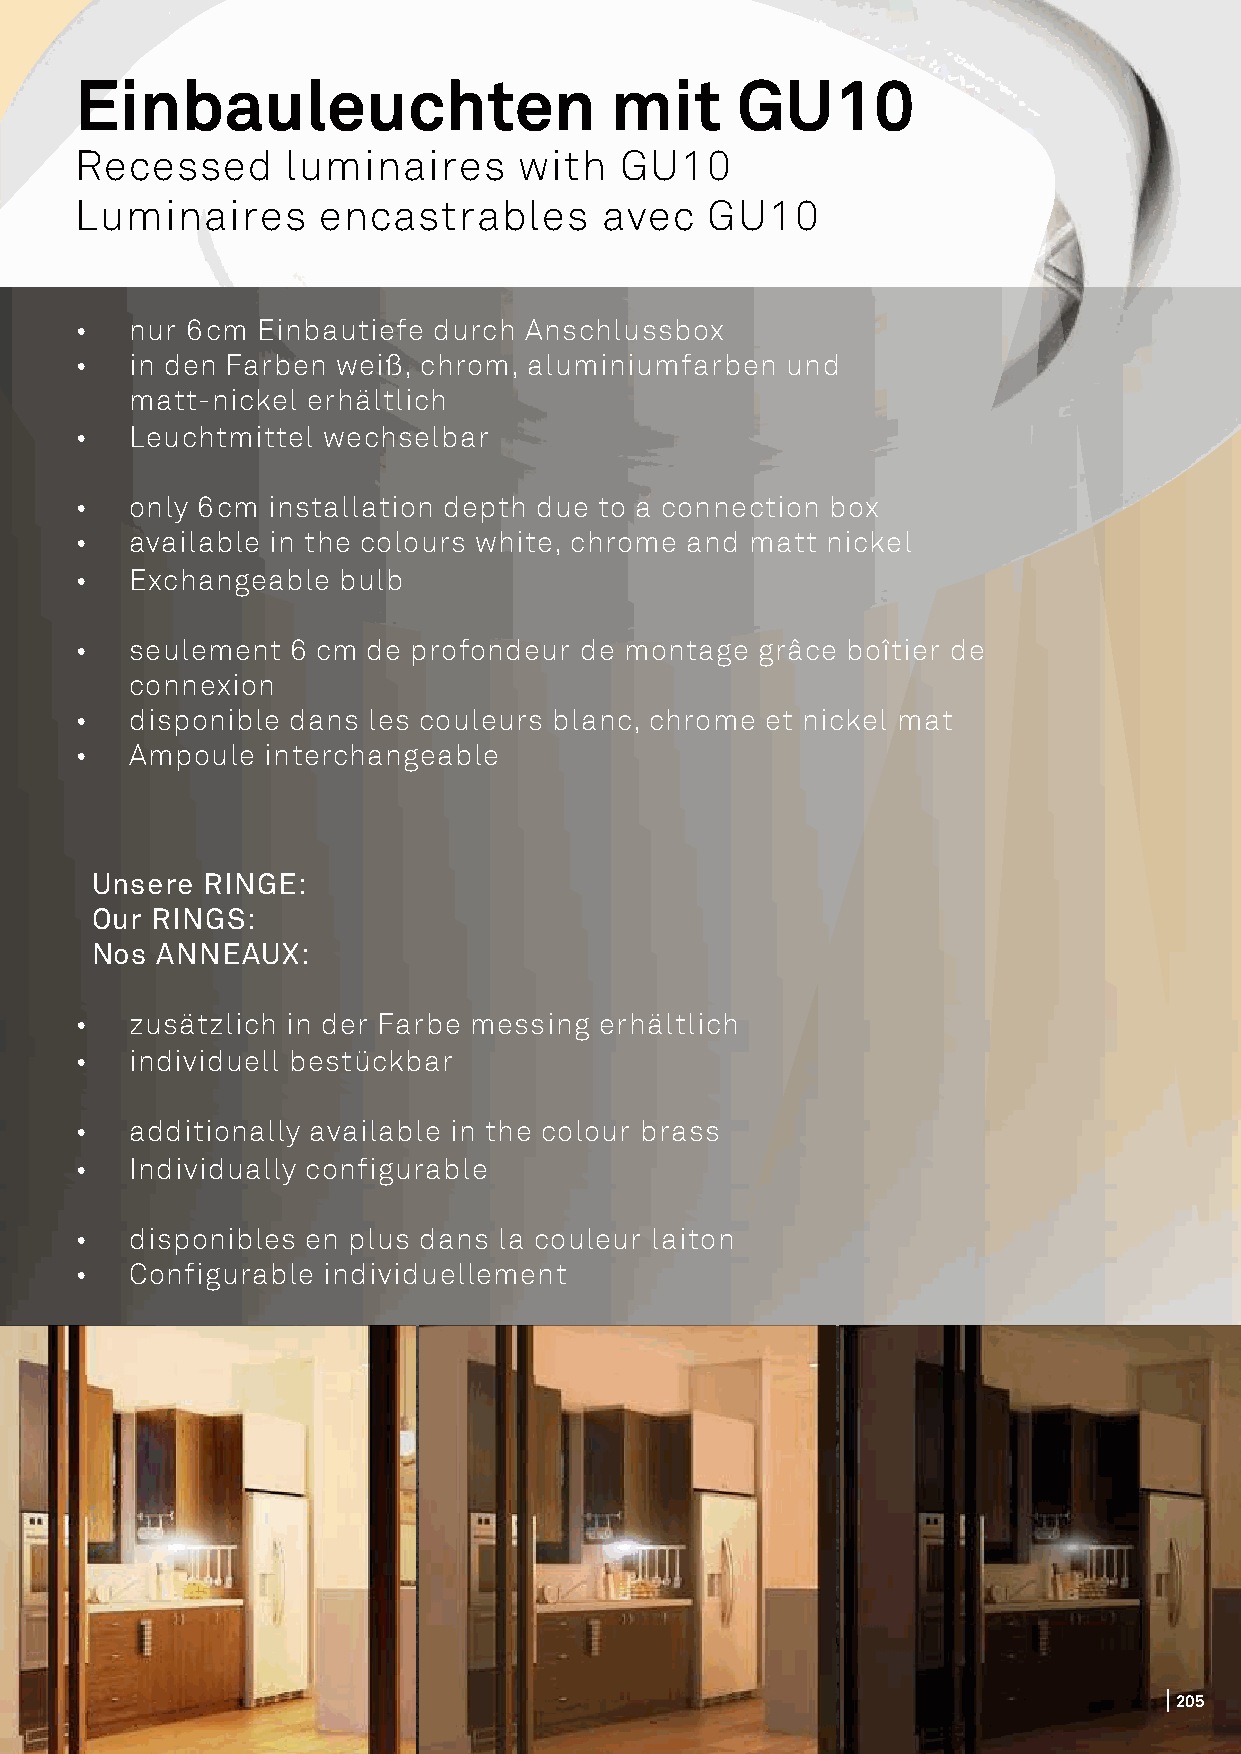
Einbauleuchten                     mit      GU10
 Recessed      luminaires     with   GU10
 Luminaires      encastrables       avec   GU10
 •   nur 6cm Einbautiefe durch Anschlussbox
 •   in den Farben weiß, chrom, aluminiumfarben und
 matt-nickel erhältlich
 •   Leuchtmittel wechselbar
 •   only 6cm installation depth due to a connection box
 •   available in the colours white, chrome and matt nickel
 •   Exchangeable bulb
 •   seulement 6 cm de profondeur de montage  grâce boîtier de
 connexion
 •   disponible dans les couleurs blanc, chrome et nickel mat
 •   Ampoule interchangeable
 Unsere RINGE:
 Our RINGS:
 Nos ANNEAUX:
 •   zusätzlich in der Farbe messing erhältlich
 •   individuell bestückbar
 •   additionally available in the colour brass
 •   Individually configurable
 •   disponibles en plus dans la couleur laiton
 •   Configurable individuellement
 220055